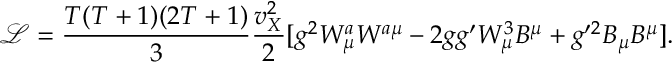
\mathcal { L } = \frac { T ( T + 1 ) ( 2 T + 1 ) } { 3 } \frac { v _ { X } ^ { 2 } } { 2 } [ g ^ { 2 } W _ { \mu } ^ { a } W ^ { a \mu } - 2 g g ^ { \prime } W _ { \mu } ^ { 3 } B ^ { \mu } + g ^ { \prime 2 } B _ { \mu } B ^ { \mu } ] .